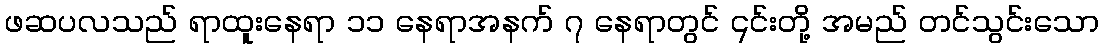
ဖဆပလသည် ရာထူးနေရာ ၁၁ နေရာအနက် ၇ နေရာတွင် ၎င်းတို့ အမည် တင်သွင်းသော